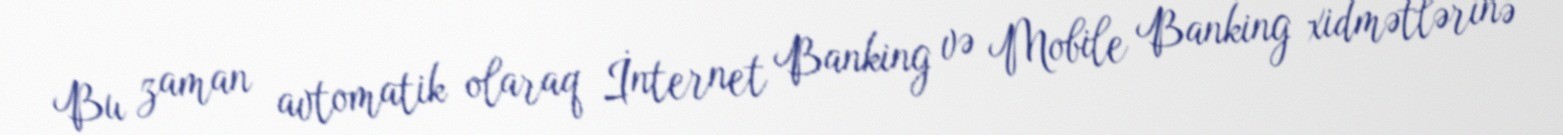
Bu zaman avtomatik olaraq İnternet Banking və Mobile Banking xidmətlərinə